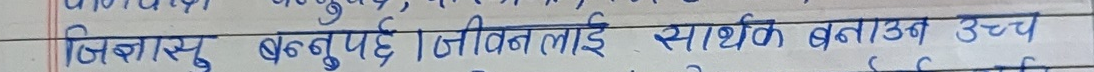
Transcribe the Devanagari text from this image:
जिज्ञासु बन्नुपर्छ। जीवनलाई सार्थक बनाउन उच्च